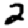
Digit: 2